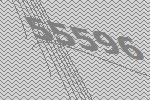
55596